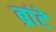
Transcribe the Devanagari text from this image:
ब्रांटे